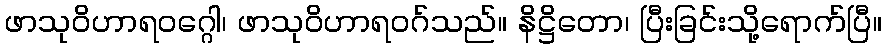
ဖာသုဝိဟာရဝဂ္ဂေါ၊ ဖာသုဝိဟာရဝဂ်သည်။ နိဋ္ဌိတော၊ ပြီးခြင်းသို့ရောက်ပြီ။